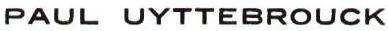
PAUL UYTTEBROUCK